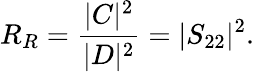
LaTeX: R_{R}={\frac{|C|^{2}}{|D|^{2}}}=|S_{22}|^{2}.